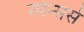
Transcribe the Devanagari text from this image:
स्पेन्सर्स